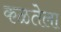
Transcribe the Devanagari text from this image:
कळतेला